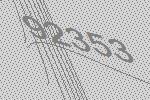
92353